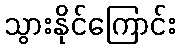
သွားနိုင်ကြောင်း